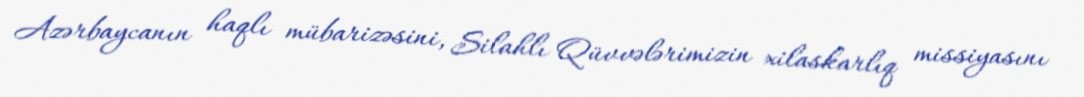
Azərbaycanın haqlı mübarizəsini, Silahlı Qüvvələrimizin xilaskarlıq missiyasını